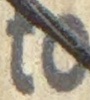
to